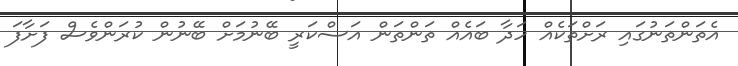
އެތަންތަނުގައި ރަށްތަކެއް ހަދާ ބައެއް ތަންތަން އަސްކަރީ ބޭނުމަށް ބޭނުން ކުރަންވެސް ފަށާފަ